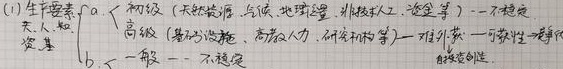
(1) 生产要素：
\[\begin{cases}
a. \text{初级（天然资源、气候、地理位置、非熟练劳工、简单资本） —— 不持久} \\
b. \text{高级（基础设施、高素质人力、研究机构等） —— 相对较少 —— 可获性 —— 竞争优势}
\end{cases}\]